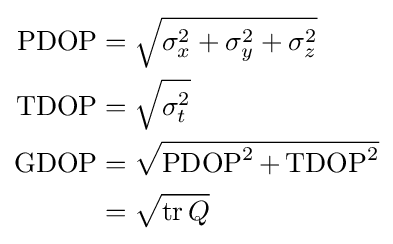
{\begin{aligned}\operatorname {PDOP} &={\sqrt {\sigma _{x}^{2}+\sigma _{y}^{2}+\sigma _{z}^{2}}}\\\operatorname {TDOP} &={\sqrt {\sigma _{t}^{2}}}\\\operatorname {GDOP} &={\sqrt {\operatorname {PDOP} ^{2}+\operatorname {TDOP} ^{2}}}\\&={\sqrt {\operatorname {tr} Q}}\\\end{aligned}}